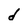
Character: d